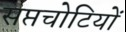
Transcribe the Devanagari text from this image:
सप्तचोटियों